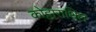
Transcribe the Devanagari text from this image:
कोट्टाराथिल